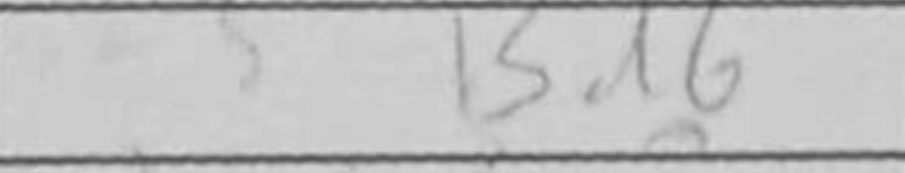
Transcription: Bd6